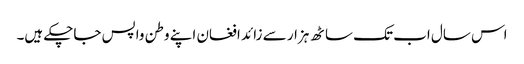
اس سال اب تک ساٹھ ہزار سے زائد افغان اپنے وطن واپس جاچکے ہیں۔